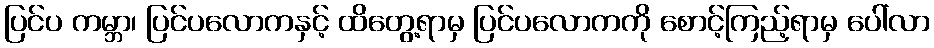
ပြင်ပ ကမ္ဘာ၊ ပြင်ပလောကနှင့် ထိတွေ့ရာမှ ပြင်ပလောကကို စောင့်ကြည့်ရာမှ ပေါ်လာ